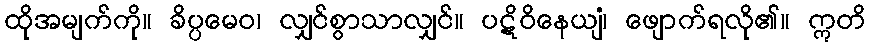
ထိုအမျက်ကို။ ခိပ္ပမေဝ၊ လျှင်စွာသာလျှင်။ ပဋိဝိနေယျံ၊ ဖျောက်ရလို၏။ ဣတိ